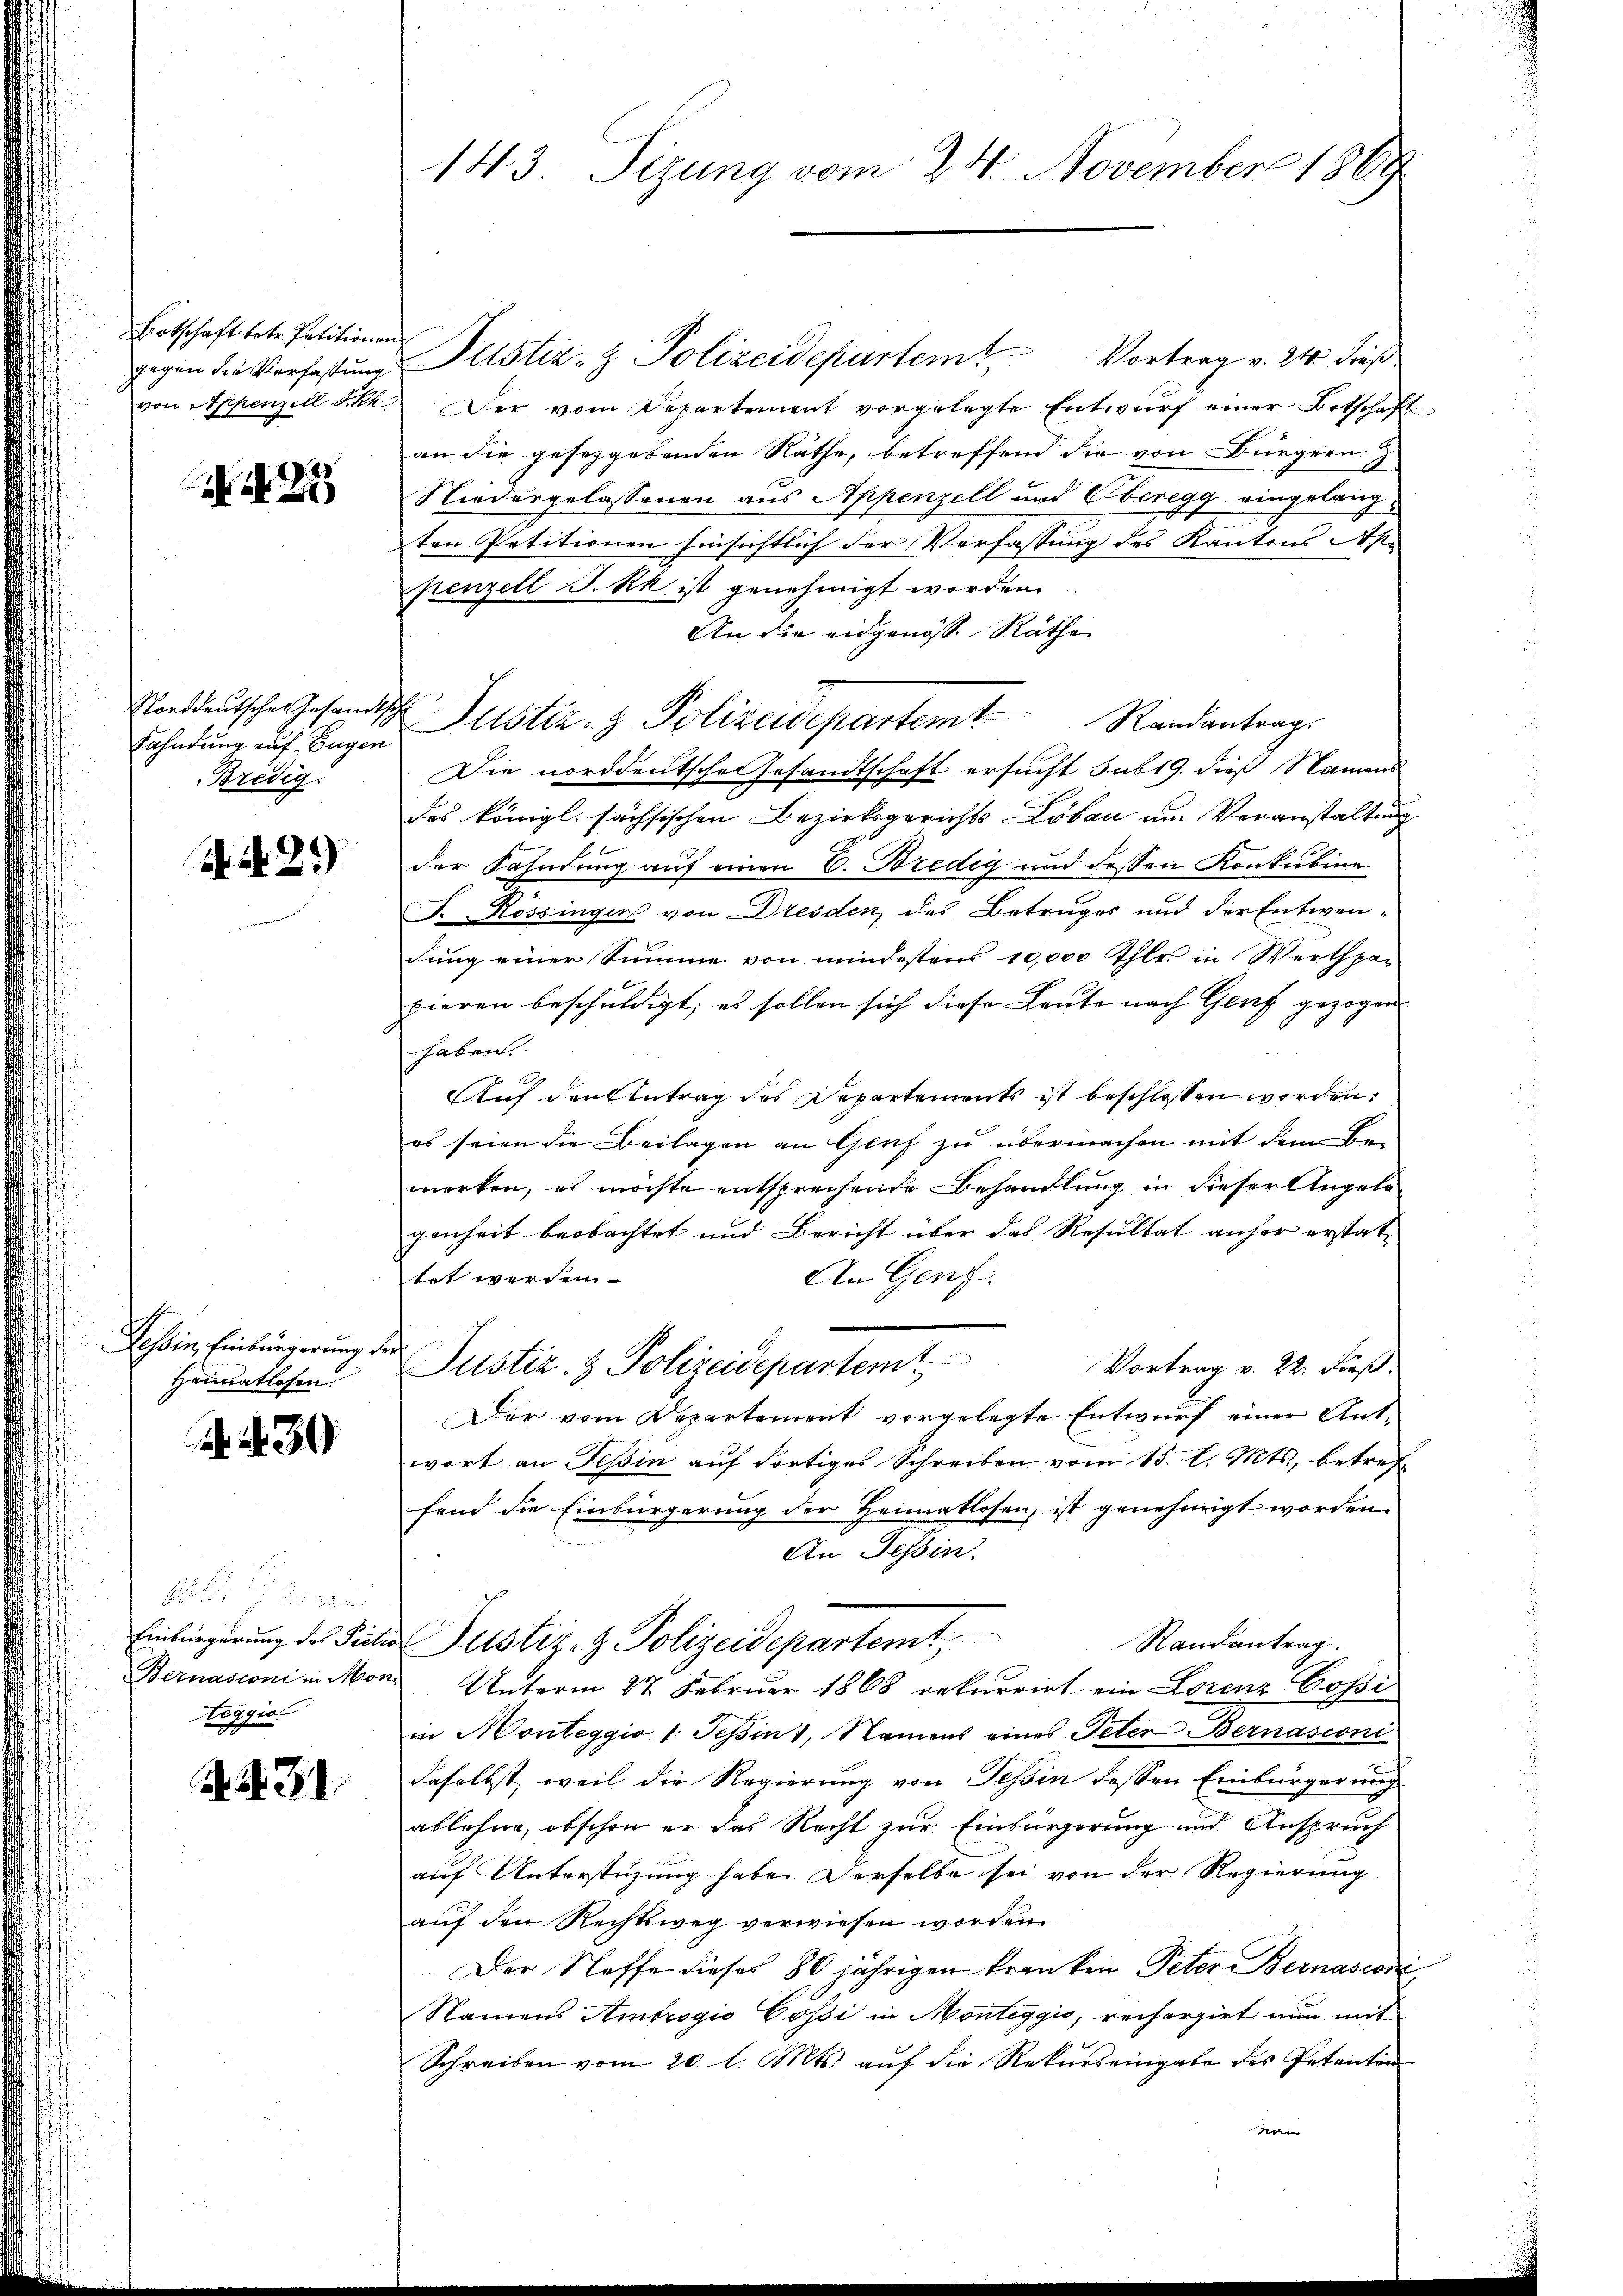
Totschaft betr. Petitionen

2

Fahndung auf Eugen
Bredig

29)

Tessin, Einbürgerung der
Heimatlosen

A. S. 39

teggio

A . 351

gegen die Verfaßungs Pulstiz- & Polizeidepartem Vortrag v. 24. Freß
von Appenzell Sch. Der vom Departement vorgelegte Entwurf einer Botschaft
an die gesezgerenden Räthe, betreffend die von Bürgern
Niedergelassenen aus Appenzell und Oberegg eingelangten Petitionen hinsichtlich der Verfassung des Kantons Ap-
penzell I.Rh. ist genehmigt worden.
An die eidgenöss. Räthe
Norddeutsche Gesandtsche Justiz- & Polizeisepartem Randantrag.
Die norddeutsche Gesandtschaft ersucht sub 19. dieß Namens
des königl. sächsischen Bezirksgerichts Lobau um Veranstaltung
der Fahndung auf einen E. Bredig und dessen Konkubine
F. Rössinger von Dresden des Betruges und der Entwen-
dung einer Summe von mindestens 10,000 Thlr. in Werthpar
 x
pieren beschuldigt; es sollen sich diese Leute nach Genf gezogen
haben.
Auf den Antrag des Departements ist beschlossen werden.
es seien die Beilagen an Genf zu übermachen mit dem Bemerken, es möchte entsprechende Behandlung in dieser Angelegenheit beobachtet und Bericht über das Resultat anher erstat¬
An Genz
tet werden
Justiz- & Polizeidepartemt
Vortrag v. 22. Fieß.
Der vom Departement vorgelegte Entwurf einer Antwort an Tessin auf dortiges Schreiben vom 15. d. Mts., betreffend die Einbürgerung der Heimatlosen, ist genehmigt worden.
An Tessin.
Einbringerung des Finde Justiz- & Polizeidepartemt
Randantrag.
Bernasconi in Mon. Unterm 27. Februar 1868 rekurrirt ein Lorenz Cossi
in Monteggio 1. Sepin), Namens eines Peter Bernasconi
daselbst, weil die Regierung von Tessin dessen Einbürgerung
ablehne, obschon er das Recht zur Einbürgerung und Anspruch
auf Unterstüzung habe. Derselbe sei von der Regierung
auf den Rechtsweg verwiesen worden.
Der Neffe dieses 80 jährigen kranken Peter Bernasconi
Namens Ambrogio Cossi in Monteggio, recherzirt nun mit
Schreiben vom 20. l. Mts. auf die Rekurs eingabe des Petenten
am

143. Sizung vom 24. November 1869